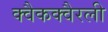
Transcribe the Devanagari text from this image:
क्वैकक्वैरली